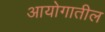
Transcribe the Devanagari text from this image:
आयोगातील